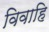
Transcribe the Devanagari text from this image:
विवाहि